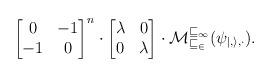
LaTeX: \begin{align*}\begin{bmatrix}0 &-1\\-1& 0\end{bmatrix}^n \cdot \begin{bmatrix}\lambda & 0\\0 & \lambda\end{bmatrix} \cdot \cal{M}^{v_1}_{v_2}(\psi_{j, i, \Delta}) .\end{align*}